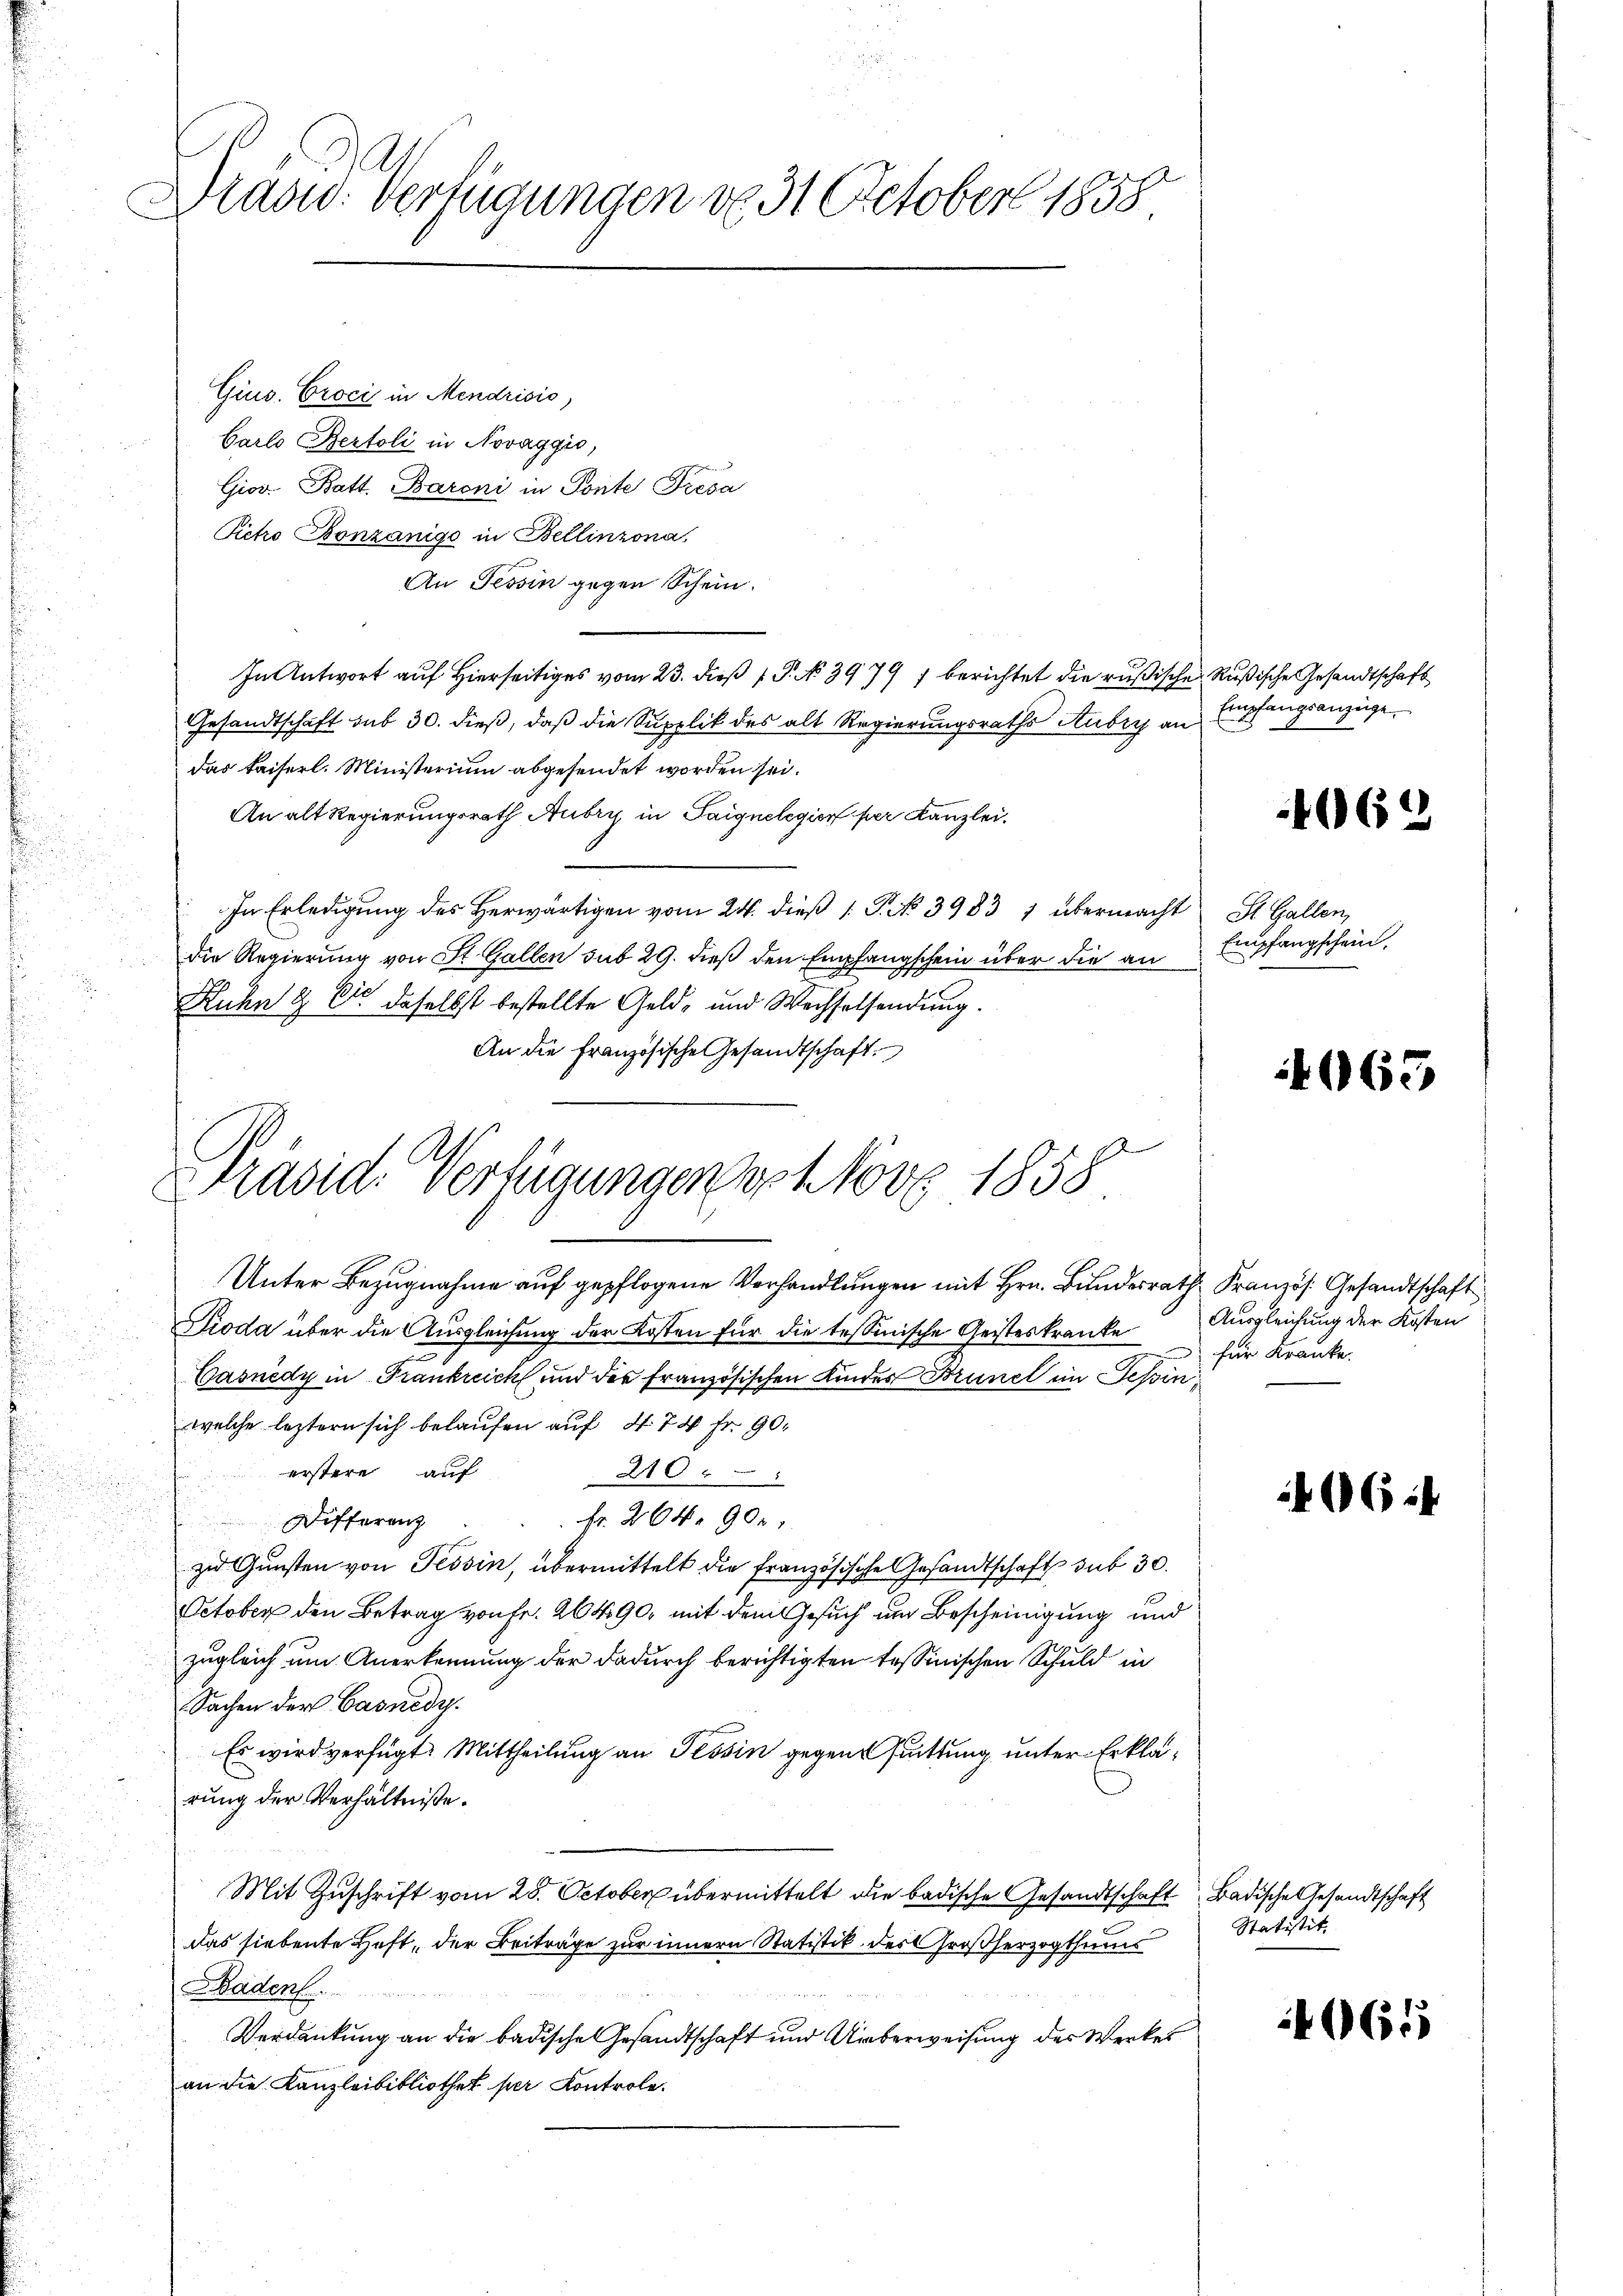
Drasw. Verfügungen do 31. October 1858

Gius. Croci in Mendrisio,
Garlo Bertoli in Novaggio,
Giov. Batt. Baroni in Ponte Fresa
Pietro Bonzanige in Bellinzona,
An Tessin gegen Schein.
In Antwort auf Hierseitiges vom 23. dieß P. No. 3979) berichtet die rußische Rußische Gesandtschaft
Gesandtschaft sub 30. dieß, daß die Supplik des alt Regierungsraths Aubry an
Das kaiserl. Ministerium abgesendet worden sei.
An alt Regierungsrath Aubry in Saignelegion per Kanzlei.
In Erledigung des Herwärtigen vom 24. dieß 1 P. No 3983 1 übermacht St. Gallen,
die Regierung von St. Gallen sub 29. dieß den Empfangschein über die an
Huhn & Dir daselbst bestellte Geld- und Wechselsendung.
An die französische Gesandtschaft.

Unter Bezugnahme auf gepflogene Verhandlungen mit Hrn. Bundesrath Kranzös. Gesandtschaft
Dioda über die Ausgleichung der Kosten für die tessinische Geisteskranke
Casnedy in Frankreich und der französischen Kindes Brunel im Tessin
welche leztern sich belaufen auf § 74 fr. 90.
erstere auf
210
d
Fr. 204. 900.
Differenz
.
zu Gunsten von Tessin, übermittelt die Französische Gesandtschaft sub 30.
u
October den Betrag von Fr. 20 490, mit dem Gesuch um Bescheinigung und
zugleich um Anerkennung der dadurch berichtigten tessinischen Schuld in
Sachen der Casnedy.
Es wird verfügt: Mittheilung an Tessin gegens suittung unter Erklärung der Verhältniße.
Mit Zuschrift vom 28. October übermittelt die badische Gesandtschaft Badische Gesandtschaft
das siebente Heft, der Beiträge zur innern Statistik des Großherzogthums
Baden
Verdankung an die badische Gesandtschaft und Ueberweisung des Werkes
an die Kanzleibibliothek per Kontrole.

Präsid. Verfügungen opt Nov. 1858

Empfangsanzüge.

1062

Empfangschein.

065

Ausgleichung der Kosten
für Kranke.

06.

Statistit.

4065